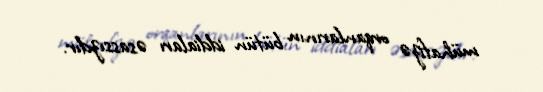
mühafizə orqanlarının bütün iddiaları əsassızdır.